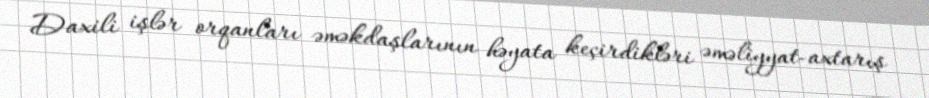
Daxili işlər orqanları əməkdaşlarının həyata keçirdikləri əməliyyat-axtarış